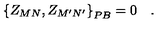
\left\{ Z _ { M N } , Z _ { M ^ { \prime } N ^ { \prime } } \right\} _ { P B } = 0 \quad .